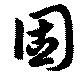
固